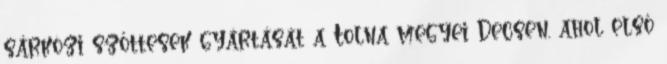
sárközi szőttesek gyártását a Tolna megyei Decsen, ahol első